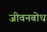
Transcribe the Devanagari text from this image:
जीवनबोध